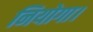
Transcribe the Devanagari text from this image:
नियोगा।